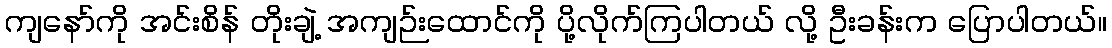
ကျနော်ကို အင်းစိန် တိုးချဲ့ အကျဉ်းထောင်ကို ပို့လိုက်ကြပါတယ် လို့ ဦးခန်းက ပြောပါတယ်။